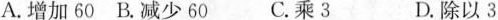
A.增加60 B.减少60 C.乘3 D.除以3